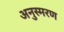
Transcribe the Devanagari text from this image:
अनुस्मरण